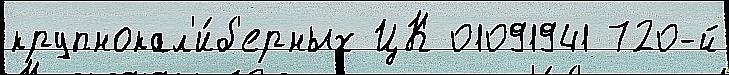
крупнокал'и́б'ерных ЦК 01091941 720-й